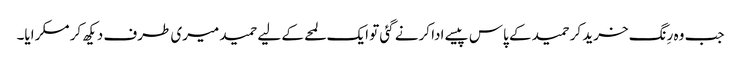
جب وہ رِنگ خرید کر حمید کے پاس پیسے ادا کرنے گئی تو ایک لمحے کے لیے حمید میری طرف دیکھ کر مسکرایا۔